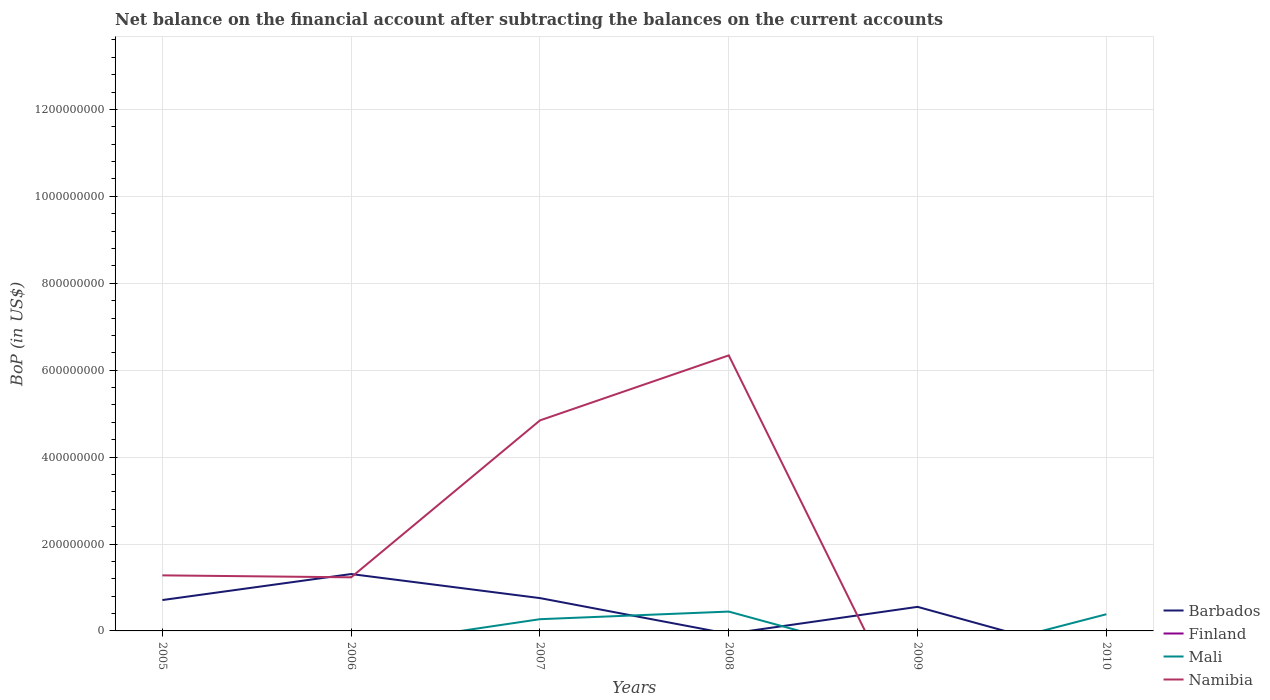
| Years | Barbados | Finland | Mali | Namibia |
 | --- | --- | --- | --- | --- |
 | 2005 | 7.1e+07 | -4.28e+09 | -2.41e+07 | 1.28e+08 |
 | 2006 | 1.31e+08 | -6.75e+09 | -3.74e+07 | 1.23e+08 |
 | 2007 | 7.55e+07 | -1.37e+10 | 2.7e+07 | 4.84e+08 |
 | 2008 | -6.64e+06 | -1.4e+10 | 4.45e+07 | 6.34e+08 |
 | 2009 | 5.54e+07 | -1.28e+10 | -7.42e+07 | -2.44e+08 |
 | 2010 | -6.47e+07 | -1.11e+09 | 3.84e+07 | -2.81e+08 |